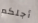
أجلكم